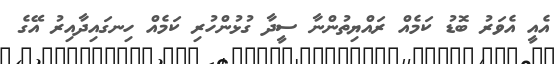
އެއީ އެވަރު ބޮޑު ކަމެއް ރައްޔިތުންނާ ސީދާ ގުޅުންހުރި ކަމެއް ހިނގައިދާއިރު އޭގެ